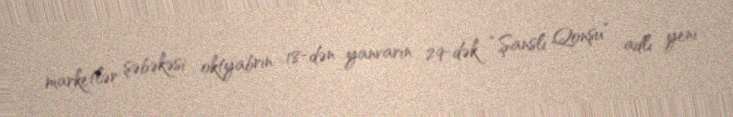
marketlər şəbəkəsi oktyabrın 18-dən yanvarın 29-dək “Şanslı Qonşu” adlı yeni